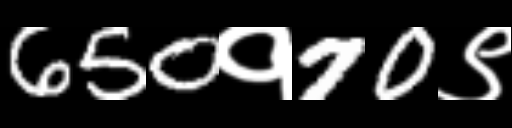
Text: 650१70९